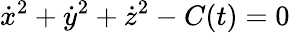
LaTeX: {\dot{x}}^{2}+{\dot{y}}^{2}+{\dot{z}}^{2}-C(t)=0